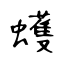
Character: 蠖